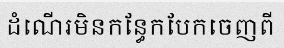
ដំណើរមិនកន្ធែកបែកចេញពី